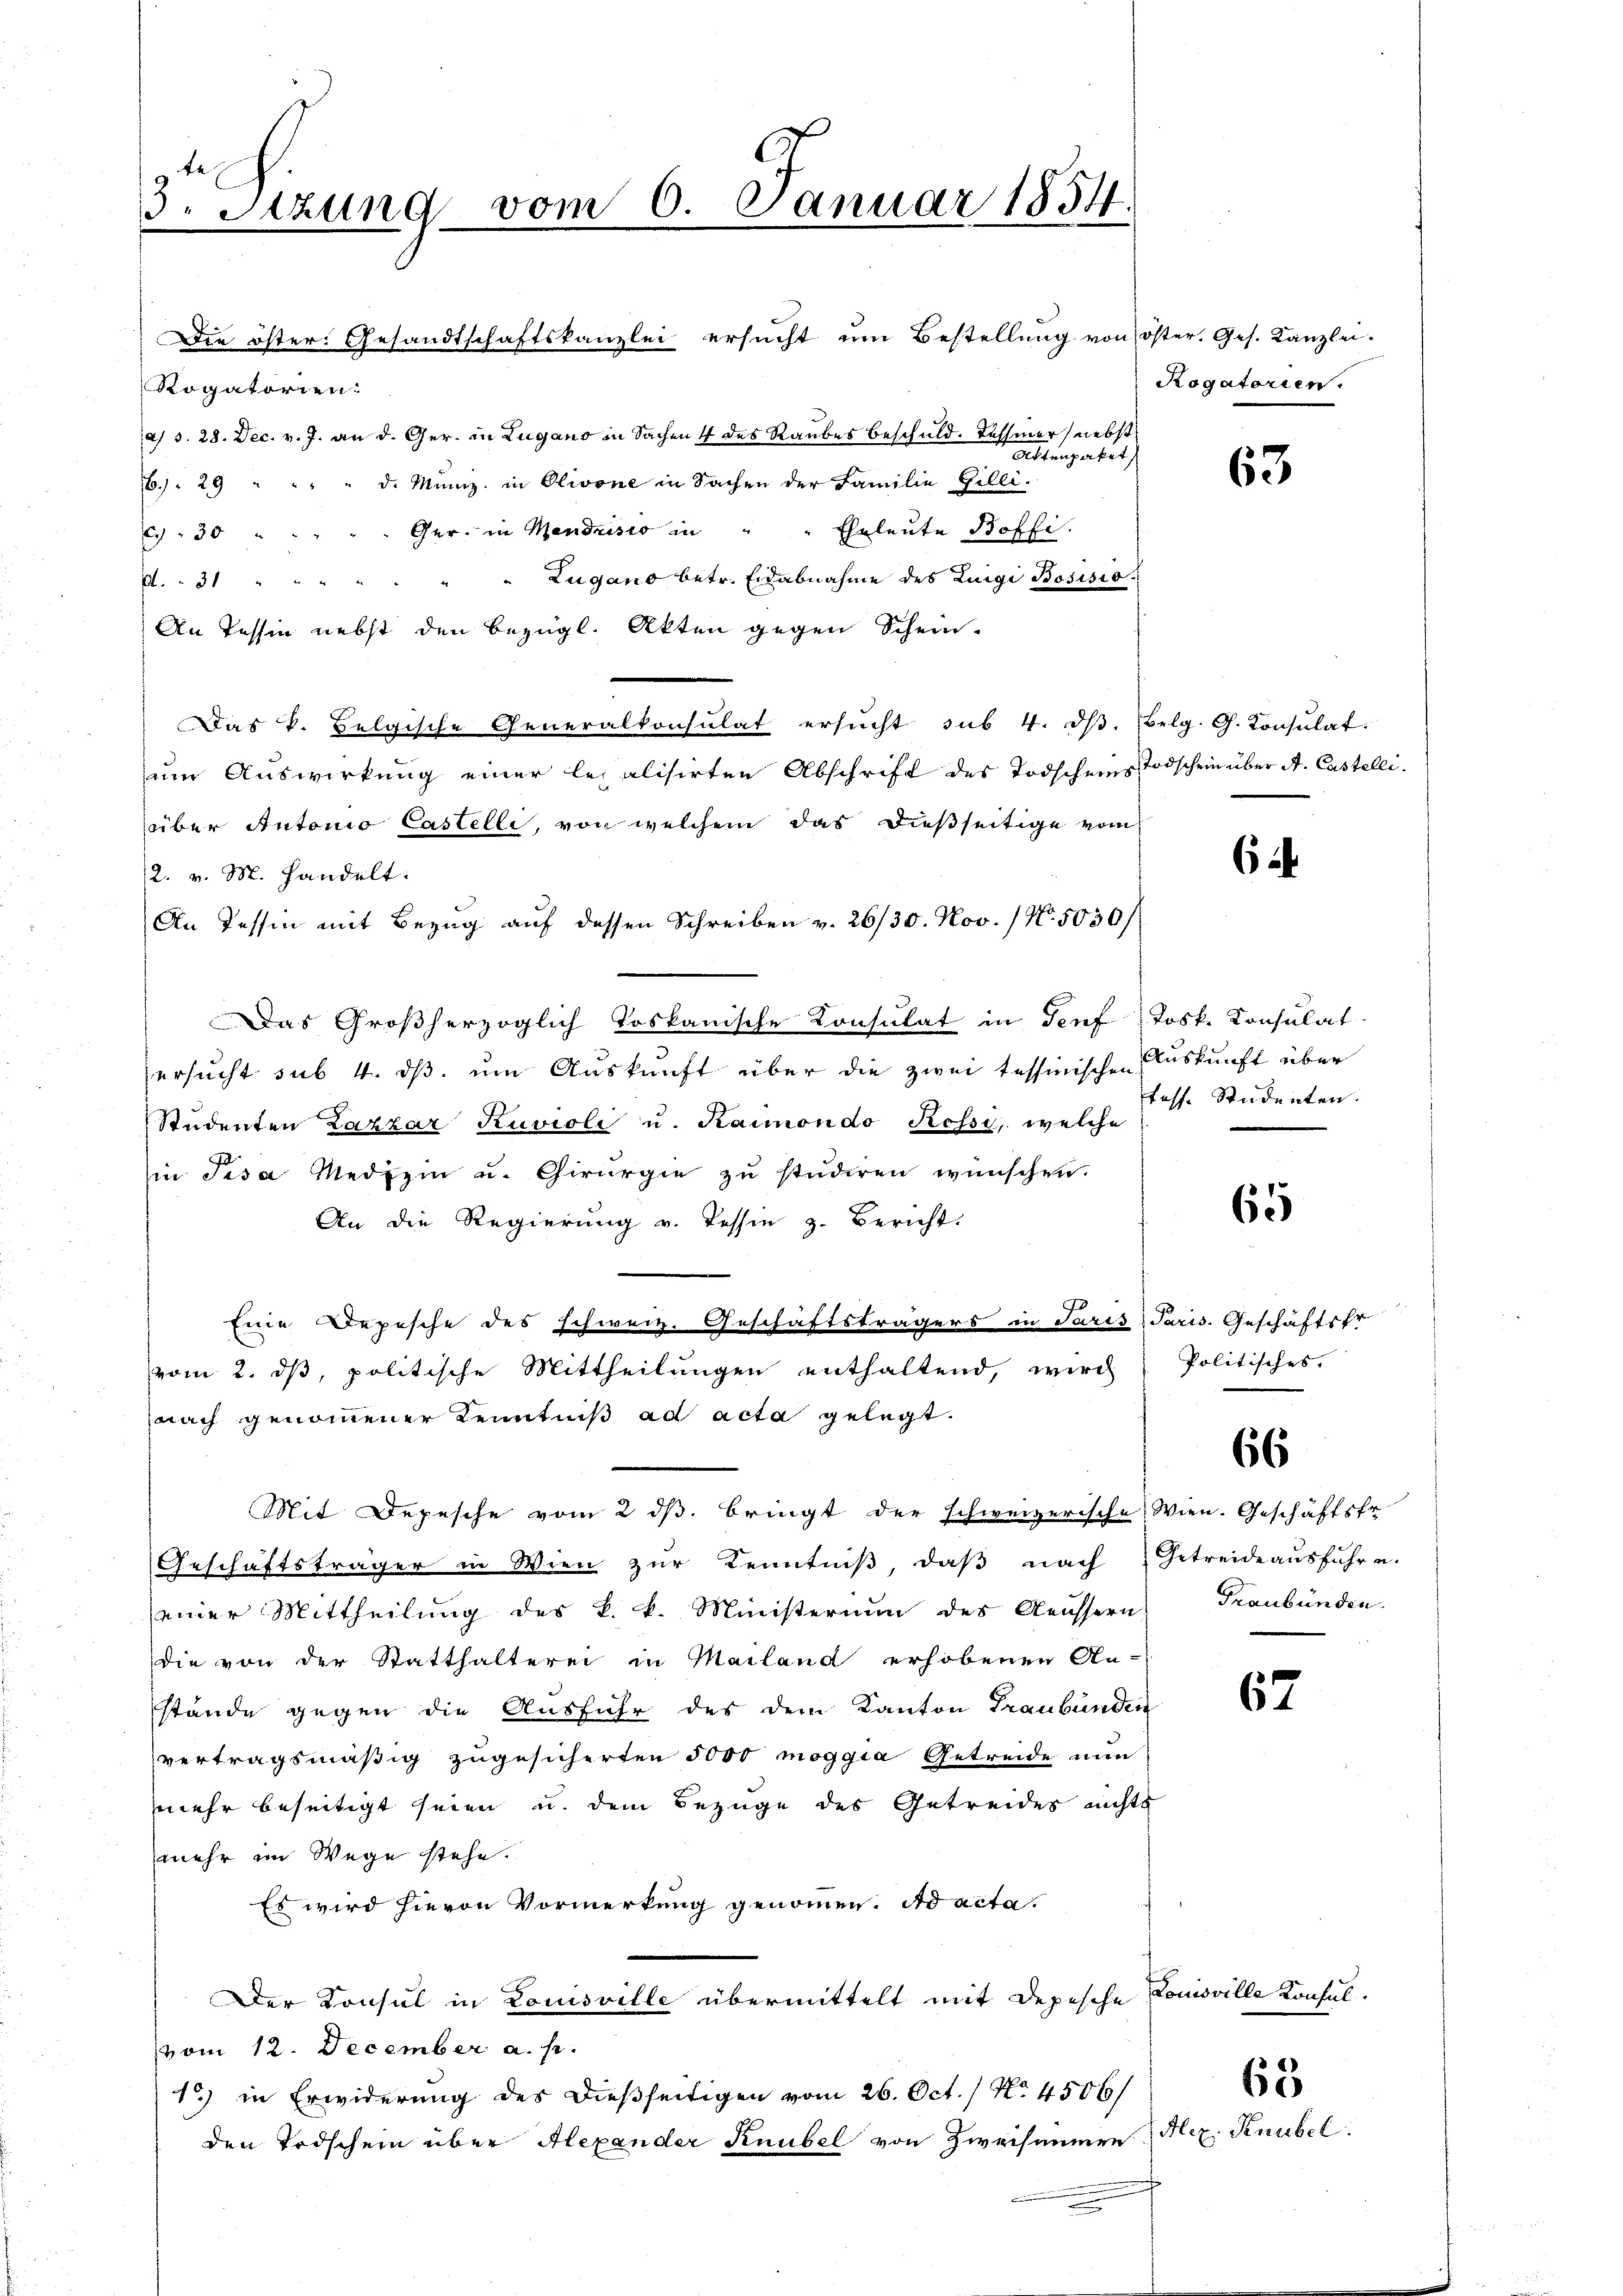
3. Setzung vom 6. Januar 1834.

Die öster: Gesandtschaftskanzlei ersucht um Bestellung von öster, Ges. Kanzlei
Rogatorien:
a) S. 28. Dec. v. J. an d. Ger. in Lugano in Sachen 4 des Raubes beschuld. Dassener nebst
Attenpaket
6. 29 " " " " d. Münz. in Olivone in Sachen der Familie Gilli-
69. 30 " " " " " Ger. in Mendrisio in " " Eheleute Boffi
A. 31 " " " " " " " Lugano betr. Eidabnahme des Luigi Bosisio
An Tessin nebst den bezügl. Akten gegen Schein-
Das k. Belgische Generalkonsulat ersŭcht sub. 4. dβ. Belg. G. Konsŭlat.
um Auswirkung einer legalisirten Abschrift des Todscheins Todschein über A. Castelli
über Antonio Castelli, von welchem das dießseitige vom
2. v. M. handelt.
An Tessin mit Bezug auf dessen Schreiben v. 26/30. Nov. / No. 5030/
Das Großherzoglich toskanische Konsulat in Genf, Josk. Konsulat
ersucht sub 4. ds. um Auskunft über die zwei tessinischen Auskunft über
Studenten Lazzar Kuvioli u. Kaimondo Kessi, welche
in Pisa Medizin u. Chirurgie zu studiren wünschen.
An die Regierung v. Tessin z. Bericht.
Eine Depesche des schweiz. Geschäftsträgers in Paris Paris. Geschäftsfr.
vom 2. ds, politische Mittheilungen enthaltend, wird
nach genommener Kenntniß ad acta gelegt.
Mit Depesche vom 2 ds. bringt der schweizerische Wien. Geschäftsfe
Geschäftsträger in Wien zur Kenntniß, daß nach Getreide ausführe.
einer Mittheilŭng des k. k. Ministerium des Aeussern Graubünden.
die von der Statthalterei in Mailand erhobenen An-
stände gegen die Ausfuhr des dem Kanton Graubünden
vertragsmäßig zugesicherten 5000 moggia Getreide nun
mehr beseitigt seien u. dem Bezüge des Getreides nichts
mehr im Wege stehe.
Es wird hievon Vormerkung genommen. Ad acta.
Der Konsul in Louisville übermittelt mit Depesche Comoville Konsulvom 12. December a. p.
1) in Erwiderung des dießseitigen vom 26. Oct. / No. 4506/
den Todschein über Alexander Knubel von Zweisammen

Rogatorien.

tosse Studenten.

63

6

65

Politisches.

66

62

63
Hez. Raubel.